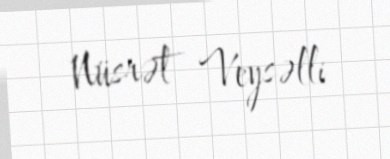
Nüsrət Veysəlli